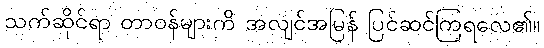
သက်ဆိုင်ရာ တာဝန်များကိ အလျင်အမြန် ပြင်ဆင်ကြရလေ၏။